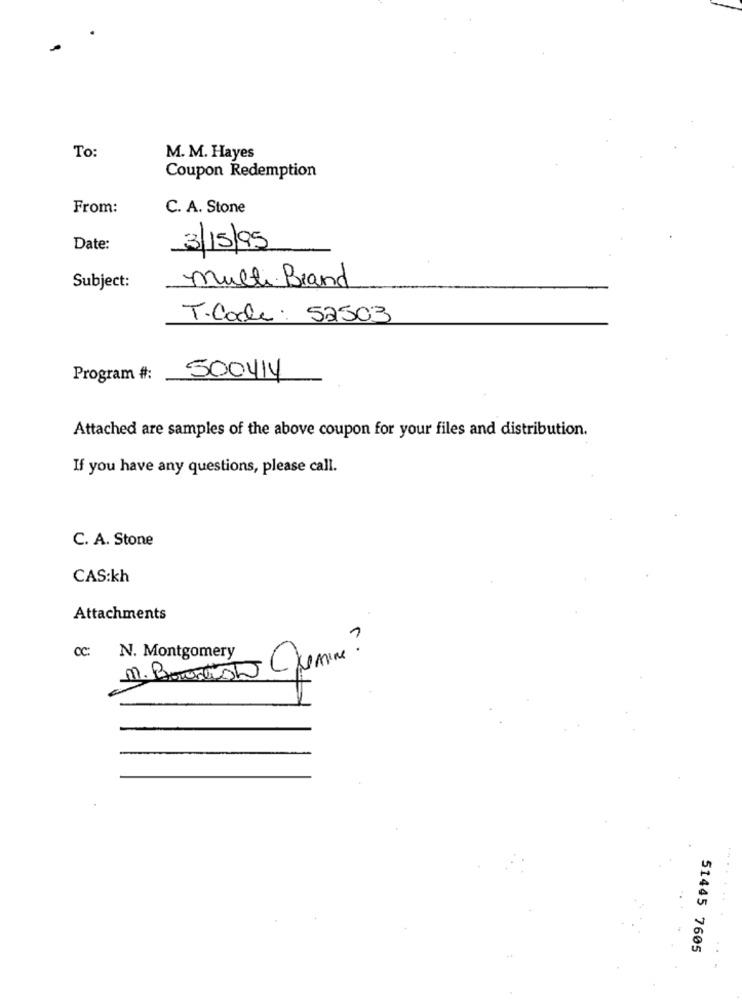
To:
M. M. Hayes
Coupon Redemption
From:
C. A. Stone
Date:
3/15/95
Subject:
Multi Brand
T.Code: 52503
Program #:
500414
Attached are samples of the above coupon for your files and distribution.
If you have any questions, please call.
C. A. Stone
CAS:kh
Attachments
cc: N. Montgomery
M. Boris Chemine ?
....
51445 7605